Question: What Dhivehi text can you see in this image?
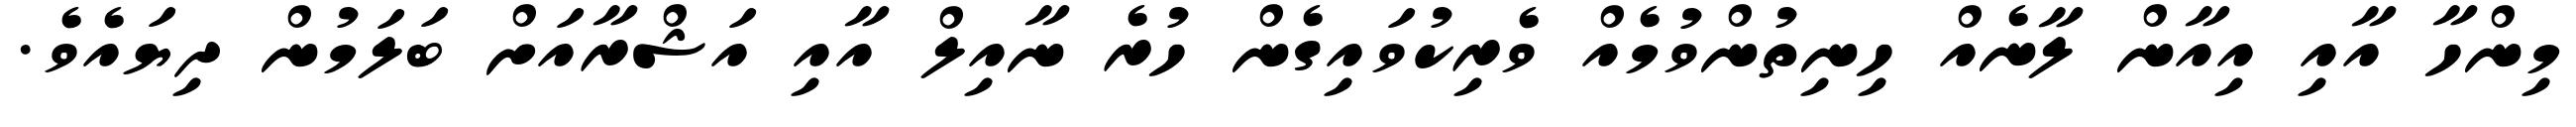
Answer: މިންހާ އާއި އިއާން ލާނެއް ހިނިތުންވުމެއް ވެރިކުވައިގެން ހުރެ ނާއިލް އާއި އަޝްރާއަށް ބަލަމުން ދިޔައެވެ.